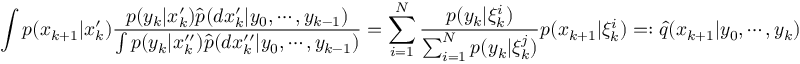
\int p ( x _ { k + 1 } | x _ { k } ^ { \prime } ) { \frac { p ( y _ { k } | x _ { k } ^ { \prime } ) { \widehat { p } } ( d x _ { k } ^ { \prime } | y _ { 0 } , \cdots , y _ { k - 1 } ) } { \int p ( y _ { k } | x _ { k } ^ { \prime \prime } ) { \widehat { p } } ( d x _ { k } ^ { \prime \prime } | y _ { 0 } , \cdots , y _ { k - 1 } ) } } = \sum _ { i = 1 } ^ { N } { \frac { p ( y _ { k } | \xi _ { k } ^ { i } ) } { \sum _ { i = 1 } ^ { N } p ( y _ { k } | \xi _ { k } ^ { j } ) } } p ( x _ { k + 1 } | \xi _ { k } ^ { i } ) = : { \widehat { q } } ( x _ { k + 1 } | y _ { 0 } , \cdots , y _ { k } )